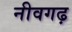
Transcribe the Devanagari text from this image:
नीवगढ़